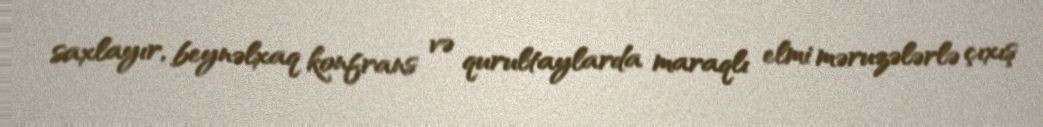
saxlayır, beynəlxaq konfrans və qurultaylarda maraqlı elmi məruzələrlə çıxış